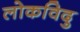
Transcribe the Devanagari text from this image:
लोकविदु